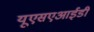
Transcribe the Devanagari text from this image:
यूएसएआईडी